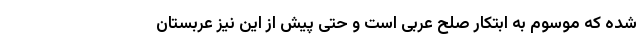
شده که موسوم به ابتکار صلح عربی است و حتی پیش از این نیز عربستان